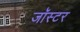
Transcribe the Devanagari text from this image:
जॉस्टर